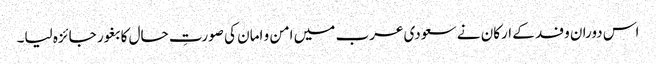
اس دوران وفد کے ارکان نے سعودی عرب میں امن و امان کی صورتِ حال کا بغور جائزہ لیا۔